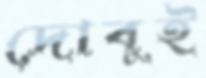
দোবুই